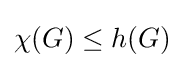
\chi (G)\leq h(G)